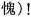
愧)!